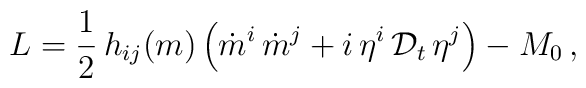
L=\frac{1}{2}\,h_{ij}(m) \left( \dot m^i \,\dot m^j +i\,\eta^i \,{\cal D}_t\,\eta^j\right)-M_0\,,